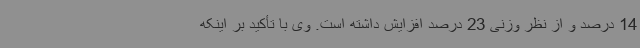
14 درصد و از نظر وزنی 23 درصد افزایش داشته است. وی با تأکید بر اینکه